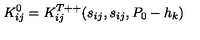
K _ { i j } ^ { 0 } = K _ { i j } ^ { T + + } ( s _ { i j } , s _ { i j } , P _ { 0 } - h _ { k } )